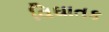
વિઘાતક